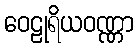
ဝေဠုရိယဝဏ္ဏာ